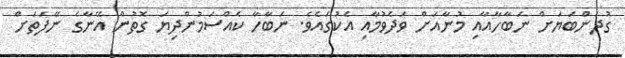
ގުދަންބަޔަށް ނަބާހާއާއި މުނާއަށް ވަދެވުމާއި އެކުގައެވެ. ނަބާހާ ކެއްސަމުންދިޔަ ގޮތުން އޭނާގެ ނޭފަތަށް